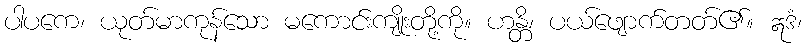
ပါပကေ၊ ယုတ်မာကုန်သော မကောင်းကျိုးတို့ကို။ ဟန္တိ၊ ပယ်ဖျောက်တတ်၏။ ဣဒံ၊